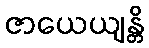
ဇာယေယျန္တိ